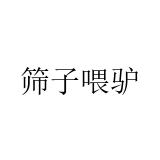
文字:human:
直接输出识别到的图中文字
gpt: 筛子喂驴